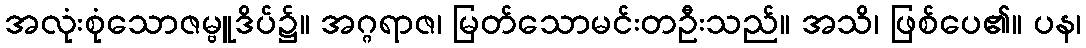
အလုံးစုံသောဇမ္ဗူဒိပ်၌။ အဂ္ဂရာဇ၊ မြတ်သောမင်းတဦးသည်။ အသိ၊ ဖြစ်ပေ၏။ ပန၊